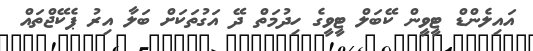
އައިލެންޑް ޓީވީން ކޭބަލް ޓީވީގެ ހިދުމަތް ދޭ އަގުތަކަށް ބަލާ އިރު ޕެކޭޖްތައް